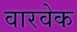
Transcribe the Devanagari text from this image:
वारवेक